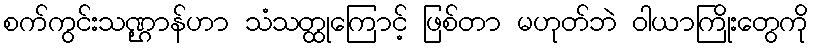
စက်ကွင်းသဏ္ဌာန်ဟာ သံသတ္ထုကြောင့် ဖြစ်တာ မဟုတ်ဘဲ ဝါယာကြိုးတွေကို